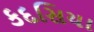
કદસિયા